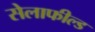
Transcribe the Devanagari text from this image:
सेलाफील्ड